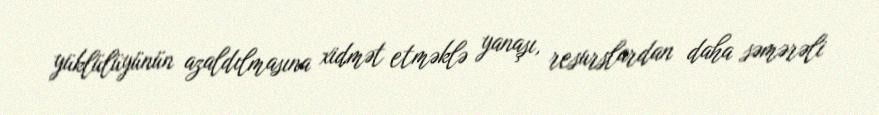
yüklülüyünün azaldılmasına xidmət etməklə yanaşı, resurslardan daha səmərəli